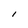
Character: l